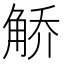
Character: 𫌯